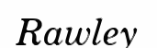
Rawley